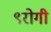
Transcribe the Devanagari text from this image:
९रोगी